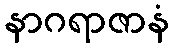
နာဂရာဇာနံ